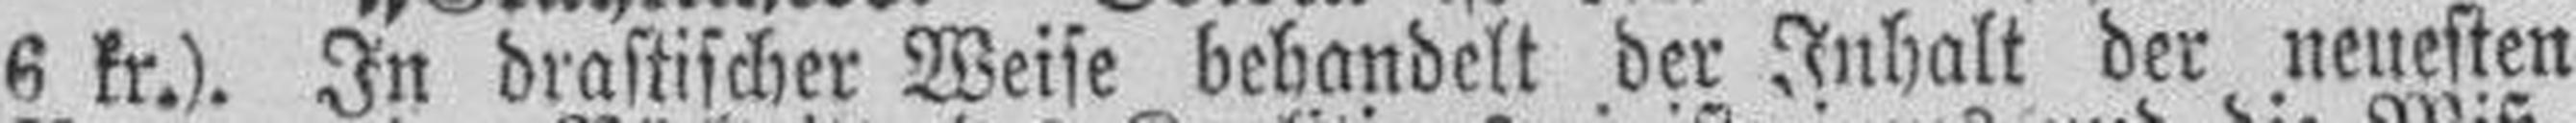
6 kr.). In drastischer Weise behandelt der Inhalt der neuesten